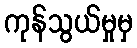
ကုန်သွယ်မှုမှ